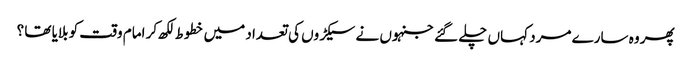
پھر وہ سارے مرد کہاں چلے گئے جنہوں نے سیکڑوں کی تعداد میں خطوط لکھ کر امام وقت کو بلایا تھا ؟